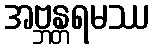
အဗ္ဘန္တရမဿ